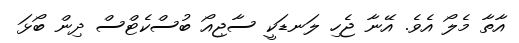
އާތާ މެލޯ އެވެ. އޭނާ ޖެހި ލަނޑަކީ ސާޖިއޯ ބުސްކެޓްސް ދިން ބޯޅަ